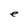
Character: e